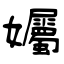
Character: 孎